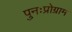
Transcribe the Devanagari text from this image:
पुनःप्रोग्राम